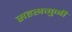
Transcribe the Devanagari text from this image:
सहस्रगुनी